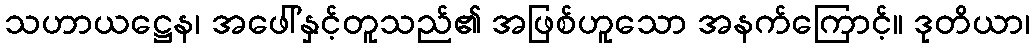
သဟာယဋ္ဌေန၊ အဖေါ်နှင့်တူသည်၏ အဖြစ်ဟူသော အနက်ကြောင့်။ ဒုတိယာ၊